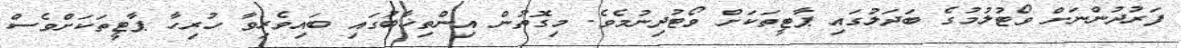
ފަރުދުންނަށް ވޯޓުލުމުގެ ބަދަލުގައި ޕާޓީތަކަށް ވޯޓުދިނުމެވެ. މިގޮތުން އިންތިޚާބުގައި ބައިވެރިވާ ހުރިހާ ޕާޓީތަކަށްވެސް